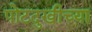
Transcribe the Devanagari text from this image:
पोटदुखीच्या